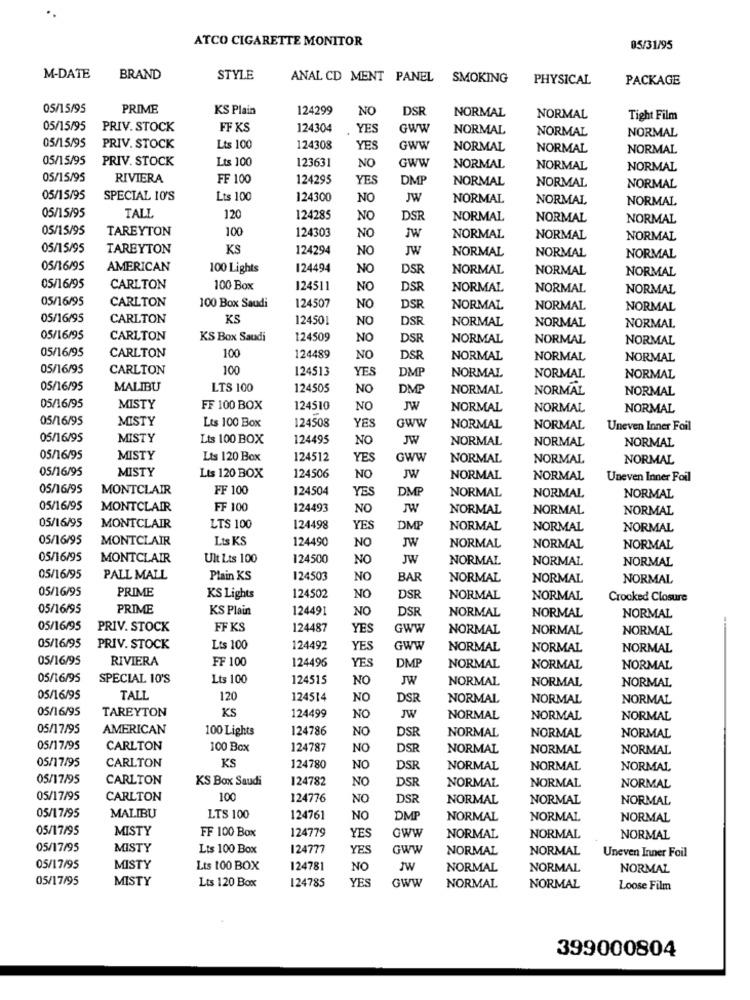
ATCO CIGARETTE MONITOR
05/31/95
M-DATE
BRAND
STYLE
ANAL CD MENT PANEL
SMOKING
PHYSICAL
PACKAGE
05/15/95
PRIME
KS Plain
124299
NO
DSR
NORMAL
NORMAL
Tight Film
05/15/95
PRIV. STOCK
FF KS
124304
YES
GWW
NORMAL
NORMAL
NORMAL
05/15/95
PRIV. STOCK
Lts 100
124308
YES
GWW
NORMAL
NORMAL
NORMAL
05/15/95
PRIV. STOCK
Lts 100
123631
NO
GWW
NORMAL
NORMAL
NORMAL
05/15/95
RIVIERA
FF 100
124295
YES
DMP
NORMAL
NORMAL
NORMAL
05/15/95
SPECIAL 10'S
Lts 100
124300
NO
JW
NORMAL
NORMAL
NORMAL
05/15/95
TALL
120
124285
NO
DSR
NORMAL
NORMAL
NORMAL
05/15/95
TAREYTON
100
124303
JW
NO
NORMAL
NORMAL
NORMAL
05/15/95
TAREYTON
KS
124294
NO
JW
NORMAL
NORMAL
NORMAL
05/16/95
AMERICAN
100 Lights
124494
NO
DSR
NORMAL
NORMAL
NORMAL
05/16/95
CARLTON
100 Box
124511
NO
DSR
NORMAL
NORMAL
NORMAL
05/16/95
CARLTON
100 Box Saudi
124507
NO
DSR
NORMAL
NORMAL
NORMAL
05/16/95
CARLTON
KS
124501
NO
DSR
NORMAL
NORMAL
NORMAL
05/16/95
CARLTON
KS Box Saudi
124509
NO
DSR
NORMAL
NORMAL
NORMAL
05/16/95
CARLTON
100
124489
NO
DSR
NORMAL
NORMAL
NORMAL
05/16/95
CARLTON
100
124513
YES
DMP
NORMAL
NORMAL
NORMAL
05/16/95
MALIBU
LTS 100
124505
NO
DMP
NORMAL
NORMAL
NORMAL
05/16/95
MISTY
FF 100 BOX
124510
NO
JW
NORMAL
NORMAL
NORMAL
05/16/95
MISTY
Lts 100 Box
124508
GWW
YES
NORMAL
NORMAL
Uneven Inner Foil
05/16/95
MISTY
Lts 100 BOX
124495
NO
JW
NORMAL
NORMAL
NORMAL
05/16/95
MISTY
Lts 120 Box
124512
YES
GWW
NORMAL
NORMAL
NORMAL
05/16/95
MISTY
Lts 120 BOX
124506
NO
JW
NORMAL
NORMAL
Uneven Inner Foil
05/16/95
MONTCLAIR
FF 100
124504
YES
DMP
NORMAL
NORMAL
NORMAL
05/16/95
MONTCLAIR
FF 100
124493
NO
JW
NORMAL
NORMAL
NORMAL
05/16/95
MONTCLAIR
LTS 100
124498
YES
DMP
NORMAL
NORMAL
NORMAL
05/16/95
MONTCLAIR
Lts KS
124490
NO
JW
NORMAL
NORMAL
NORMAL
05/16/95
MONTCLAIR
Ult Lts 100
124500
NO
JW
NORMAL
NORMAL
NORMAL
05/16/95
PALL MALL
Plain KS
124503
NO
BAR
NORMAL
NORMAL
NORMAL
05/16/95
PRIME
KS Lights
124502
NO
DSR
NORMAL
NORMAL
Crooked Closure
05/16/95
PRIME
KS Plain
124491
NO
DSR
NORMAL
NORMAL
NORMAL
05/16/95
PRIV. STOCK
FF KS
124487
YES
GWW
NORMAL
NORMAL
NORMAL
05/16/95
PRIV. STOCK
Lts 100
124492
YES
GWW
NORMAL
NORMAL
NORMAL
05/16/95
RIVIERA
FF 100
124496
YES
DM
NORMAL
NORMAL
NORMAL
05/16/95
SPECIAL 10'S
Lts 100
124515
NO
JW
NORMAL
NORMAL
NORMAL
05/16/95
TALL
120
124514
NO
DSR
NORMAL
NORMAL
NORMAL
05/16/95
TAREYTON
KS
124499
NO
JW
NORMAL
NORMAL
NORMAL
05/17/95
AMERICAN
100 Lights
124786
NO
DSR
NORMAL
NORMAL
NORMAL
05/17/95
CARLTON
100 Box
124787
NO
DSR
NORMAL
NORMAL
NORMAL
05/17/95
CARLTON
KS
124780
NO
DSR
NORMAL
NORMAL
NORMAL
05/17/95
CARLTON
KS Box Saudi
124782
NO
DSR
NORMAL
NORMAL
NORMAL
05/17/95
CARLTON
100
124776
NO
DSR
NORMAL
NORMAL
NORMAL
MALIBU
05/17/95
LTS 100
124761
NO
DMP
NORMAL
NORMAL
NORMAL
05/17/95
MISTY
124779
Gww
FF 100 Box
YES
NORMAL
NORMAL
NORMAL
05/17/95
MISTY
Lts 100 Box
124777
YES
GWW
NORMAL
NORMAL
Uneven Inner Foil
05/17/95
MISTY
Lts 100 BOX
124781
NO
JW
NORMAL
NORMAL
NORMAL
05/17/95
MISTY
Lts 120 Box
124785
YE
GWW
NORMAL
NORMAL
Loose Film
399000804